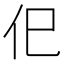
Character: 㐶